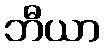
ဘီယာ